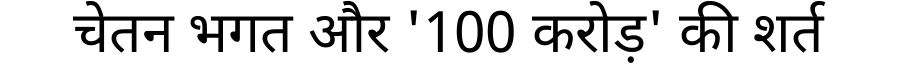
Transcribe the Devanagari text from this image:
चेतन भगत और '100 करोड़' की शर्त